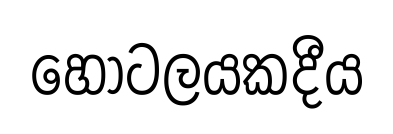
හෝටලයකදීය